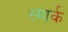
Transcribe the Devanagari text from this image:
स्मार्क